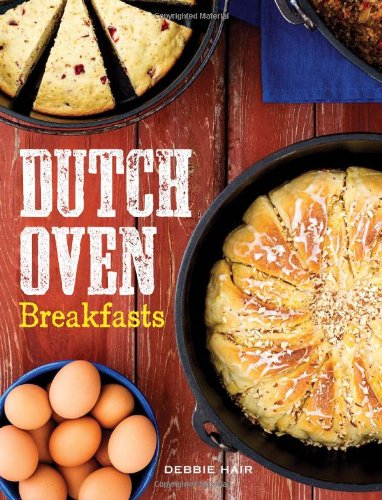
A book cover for Dutch Oven Breakfasts; Debbie Hair; Cookbooks, Food & Wine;